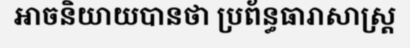
អាចនិយាយបានថា ប្រព័ន្ធធារាសាស្ត្រ